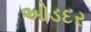
ઓડદર